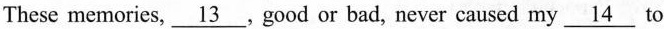
These memories,\underline{13}, good or bad, never caused my \underline{14} to